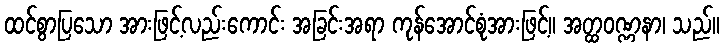
ထင်စွာပြသော အားဖြင့်လည်းကောင်း အခြင်းအရာ ကုန်အောင်စုံအားဖြင့်။ အတ္ထဝဏ္ဏနာ၊ သည်။